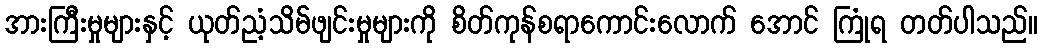
အားကြီးမှုများနှင့် ယုတ်ညံ့သိမ်ဖျင်းမှုများကို စိတ်ကုန်စရာကောင်းလောက် အောင် ကြုံရ တတ်ပါသည်။